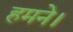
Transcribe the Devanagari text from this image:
हमने।